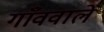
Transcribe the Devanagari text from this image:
गाँववाले